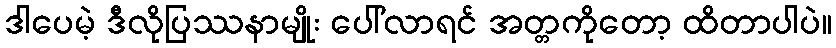
ဒါပေမဲ့ ဒီလိုပြဿနာမျိုး ပေါ်လာရင် အတ္တကိုတော့ ထိတာပါပဲ။